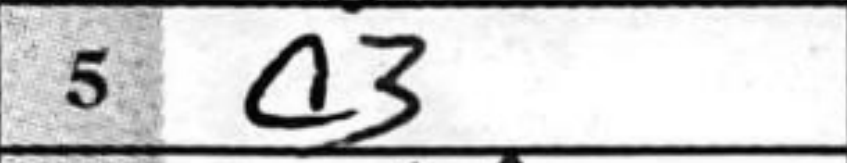
Transcription: c3